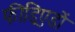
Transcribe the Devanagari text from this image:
फीड्रिएडों